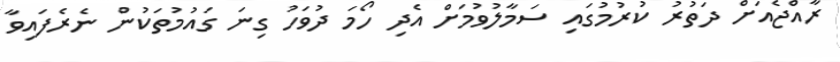
ރާއްޖެއަށް ދަތުރު ކުރުމުގައި ސަމާލުވުމަށް އެދި ހޯމަ ދުވަހު ގިނަ ގައުމުތަކުން ނެރެފައިވާ